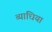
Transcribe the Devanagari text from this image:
व्याधिया